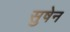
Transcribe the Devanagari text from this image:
सुषेन